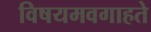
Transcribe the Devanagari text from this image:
विषयमवगाहते